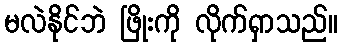
မလဲနိုင်ဘဲ ဖြိုးကို လိုက်ရှာသည်။